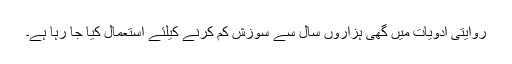
روایتی ادویات میں گھی ہزاروں سال سے سوزش کم کرنے کیلئے استعمال کیا جا رہا ہے۔